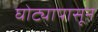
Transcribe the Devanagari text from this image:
घोट्यापासून